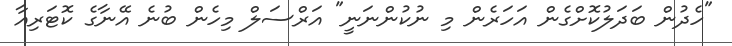
"ހެދުން ބަދަލުކޮށްގެން އަހަރެން މި ނުކުންނަނީ" އަރްސަލް މިހެން ބުނެ އޭނާގެ ކޮޓަރިއާ